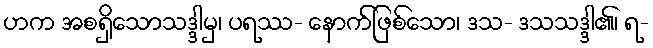
ဟက အစရှိသောသဒ္ဒါမှ၊ ပရဿ- နောက်ဖြစ်သော၊ ဒသ- ဒသသဒ္ဒါ၏၊ ရ-